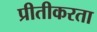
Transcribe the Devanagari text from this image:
प्रीतीकरता